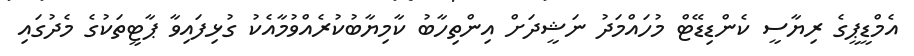
އެމްޑީޕީގެ ރިޔާސީ ކެންޑިޑޭޓް މުހައްމަދު ނަޝީދަށް އިންތިހާބު ކާމިޔާބުކުރެއްވުމާއެކު ގުޅިފައިވާ ޕާޓީތަކުގެ މެދުގައި